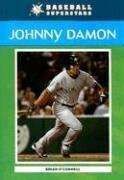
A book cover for Johnny Damon (Baseball Superstars); Brian O'Connell; Teen & Young Adult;